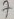
Text: 7